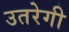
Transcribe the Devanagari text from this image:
उतरेगी